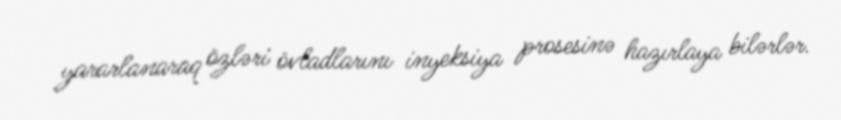
yararlanaraq özləri övladlarını inyeksiya prosesinə hazırlaya bilərlər.